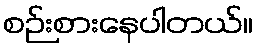
စဉ်းစားနေပါတယ်။